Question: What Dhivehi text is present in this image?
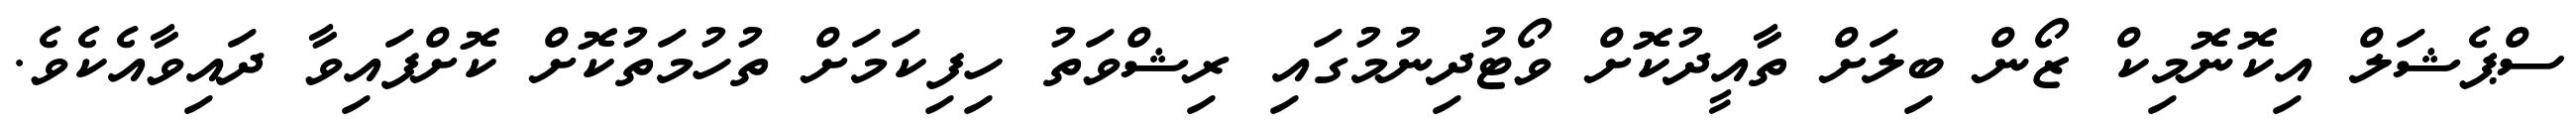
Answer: ސްޕެޝަލް އިކޮނޮމިކް ޒޯން ބިލަށް ތާއީދުކޮށް ވޯޓުދިނުމުގައި ރިޝްވަތު ހިފިކަމަށް ތުހުމަތުކޮށް ކޮށްފައިވާ ދައިވާއެކެވެ.